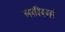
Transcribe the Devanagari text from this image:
सतीस्तां